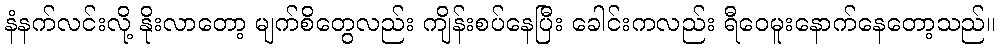
နံနက်လင်းလို့ နိုးလာတော့ မျက်စိတွေလည်း ကျိန်းစပ်နေပြီး ခေါင်းကလည်း ရီဝေမူးနောက်နေတော့သည်။